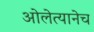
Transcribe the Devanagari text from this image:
ओलेत्यानेच